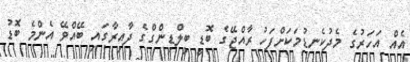
އެއް އަހަރުގެ މެދުކެނޑުމަކަށްފަހު ރާއްޖޭގެ ބޮޑީ ބިލްޑިންގްގެ ދާއިރާގައި ބޭއްވޭ އެންމެ ބޮޑު